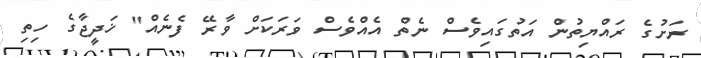
ރަށުގެ ރައްޔިތުން އަތުގައިވެސް ނެތް އެއްވެސް ވަރަކަށް ވާރޭ ފެނެއް" ޚަދީޖާގެ ހިތި